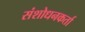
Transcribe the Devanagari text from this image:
संशोधनकर्ता